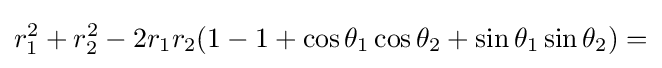
r_{1}^{2}+r_{2}^{2}-2r_{1}r_{2}(1-1+\cos \theta _{1}\cos \theta _{2}+\sin \theta _{1}\sin \theta _{2})=